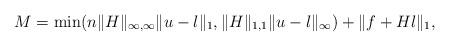
LaTeX: \begin{align*}M = \min(n\|H\|_{\infty,\infty}\|u-l\|_1, \|H\|_{1,1}\|u-l\|_\infty) + \|f +Hl\|_1,\end{align*}